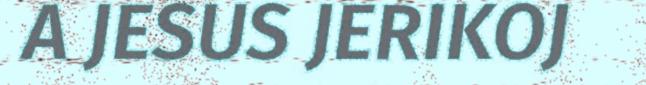
A JESUS JERIKOJ